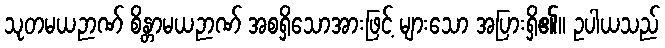
သုတမယဉာဏ် စိန္တာမယဉာဏ် အစရှိသောအားဖြင့် များသော အပြားရှိ၏။ ဥပါယသည်